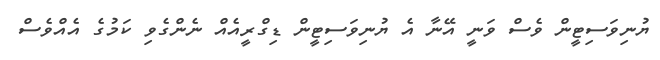
ޔުނިވަސިޓީން ވެސް ވަނީ އޭނާ އެ ޔުނިވަސިޓީން ޑިގްރީއެއް ނެންގެވި ކަމުގެ އެއްވެސް